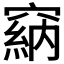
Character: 𥧩